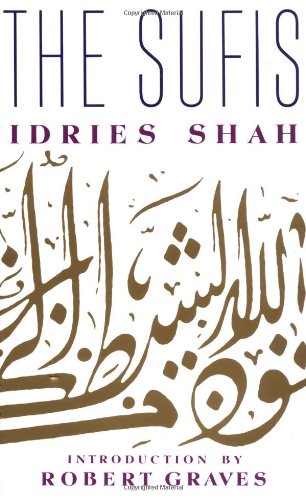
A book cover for The Sufis; Idries Shah; Religion & Spirituality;